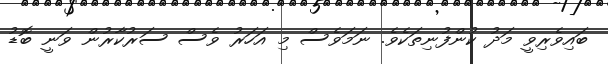
ބައިވެރިވީ މަދު ކުންފުނިތަކެވެ. ނަމަވެސް މި އަހަރު ވެސް ސަރުކާރުން ވަނީ ބޮޑު